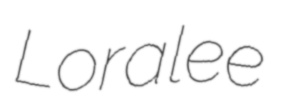
Loralee